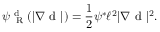
\psi _ { \mathrm { ~ \tiny ~ R ~ } } ^ { \mathrm { ~ d ~ } } ( | \nabla \mathrm { ~ d ~ } | ) = \frac { 1 } { 2 } \psi ^ { * } \ell ^ { 2 } | \nabla \mathrm { ~ d ~ } | ^ { 2 } .